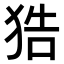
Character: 𤞺